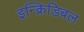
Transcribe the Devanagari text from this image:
इन्क्रिडिबल